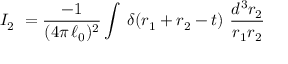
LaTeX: I _ { 2 } \ = \frac { - 1 } { ( 4 \pi \, { \ell _ { 0 } } ) ^ { 2 } } \int \, \delta \! \left( r _ { 1 } + r _ { 2 } - t \right) \, \frac { d ^ { 3 } r _ { 2 } } { r _ { 1 } r _ { 2 } }